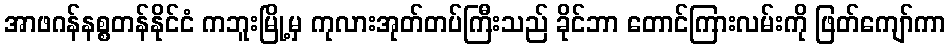
အာဖဂန်နစ္စတန်နိုင်ငံ ကဘူးမြို့မှ ကုလားအုတ်တပ်ကြီးသည် ခိုင်ဘာ တောင်ကြားလမ်းကို ဖြတ်ကျော်ကာ